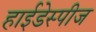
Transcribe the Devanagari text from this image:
हाईडेस्पीज